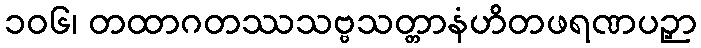
၁၀၆၊ တထာဂတဿသဗ္ဗသတ္တာနံဟိတဖရဏပဉှာ